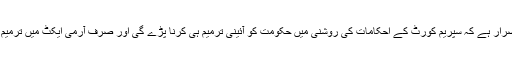
تاہم اپوزیشن ذرائع کا اصرار ہے کہ سپریم کورٹ کے احکامات کی روشنی میں حکومت کو آئینی ترمیم ہی کرنا پڑے گی اور صرف آرمی ایکٹ میں ترمیم سے بات نہیں بنے گی۔